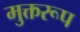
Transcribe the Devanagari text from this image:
मुक्तरूप